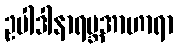
ဥပါဒါနာရမ္ဘအာဟာရာ